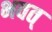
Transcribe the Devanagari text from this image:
भवत्